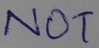
Text: NOT